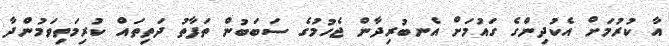
އާ ކުރުމަށް އެކުދިންގެ ގައުމަށް އެނބުރިދާން ޖެހުމުގެ ސަބަބުން ތަފާތު ދަތިތައް ކުރިމަތިވަމުންދާ